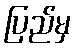
ပြည်မှ